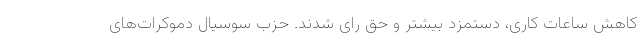
کاهش ساعات کاری، دستمزد بیشتر و حق رای شدند. حزب سوسیال دموکرات‌های